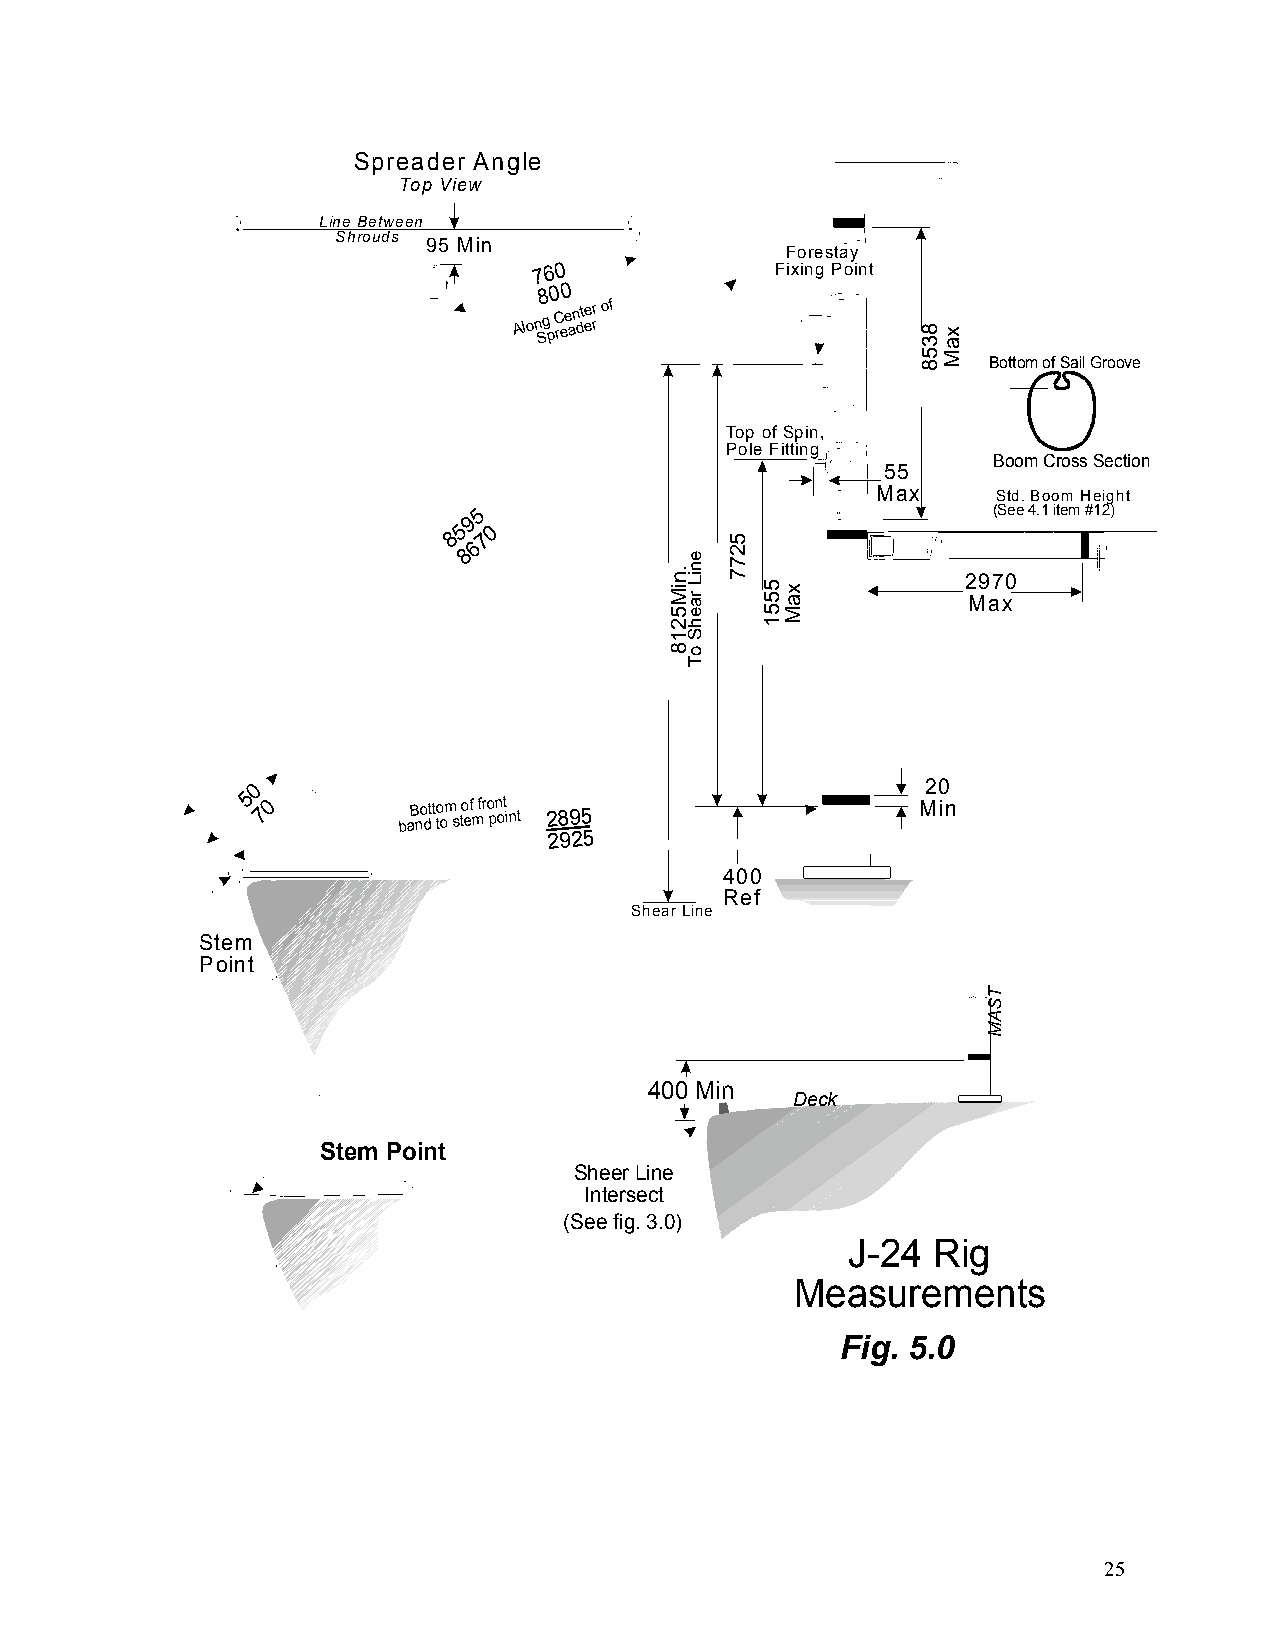
Spreader Angle
 Top View
 Line Between
 Shrouds
 95 Min
 Forestay
 760             Fixing Point
 800
 Alon Sg
 p
 C ree an dt ee rr of
 Bottom of Sail Groove
 Top of Spin,
 Pole Fitting
 Boom Cross Section
 55
 Max     Std. Boom Height
 5                                  (See 4.1 item #12)
 9
 5 0
 8 7 6
 8
 2970
 Max
 0                                           20
 5
 70       baB no dt t to om s to ef m fr o pn ot int 2895 Min
 2925
 400
 Ref
 Shear Line
 Stem
 Point
 400 Min
 Deck
 Stem Point
 Sheer Line
 Intersect
 (See fig. 3.0)
 J-24  Rig
 Measurements
 Fifgig. 54..00
 25
 .niM
 5218
 eniL
 raehS
 oT
 5277
 5551 xaM
 8358 xaM
 TSAM